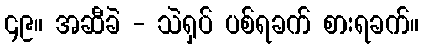
၄၉။ အဆီခဲ - သဲရှပ် ပစ်ရခက် စားရခက်။